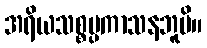
အရိယသစ္စပ္ပကာသနဘူမိ။